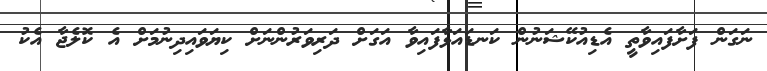
ނަގަން ފަށާފައިވާތީ އެޑިއުކޭޝަނުން ކަނޑައަޅާފައިވާ އަގަށް ދަރިވަރުންނަށް ކިޔަވައިދިނުމަށް އެ ކޮލެޖާ އެކު